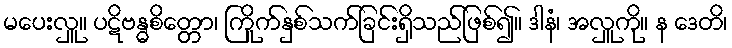
မပေးလှူ။ ပဋိဗန္ဓစိတ္တော၊ ကြိုက်နှစ်သက်ခြင်းရှိသည်ဖြစ်၍။ ဒါနံ၊ အလှူကို။ န ဒေတိ၊